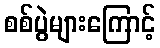
စစ်ပွဲများကြောင့်